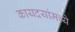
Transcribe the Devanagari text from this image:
कायदयांमध्ये